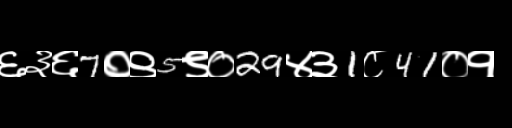
Text: ६३६7०९5९०29४३1८41०१